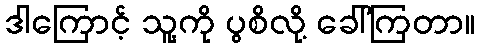
ဒါကြောင့် သူ့ကို ပွစိလို့ ခေါ်ကြတာ။